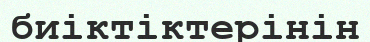
биіктіктерінін